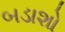
બડાશો